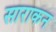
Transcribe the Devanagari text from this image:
साराकन